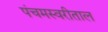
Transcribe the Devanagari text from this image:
पंचमस्वरीताल